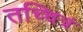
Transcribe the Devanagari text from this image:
तच्चित्रं